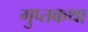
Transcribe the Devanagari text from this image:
गुप्तकथा